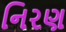
નિરણ